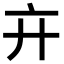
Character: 𢌮